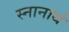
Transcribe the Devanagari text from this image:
स्‍नानार्थ